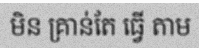
មិន គ្រាន់តែ ធ្វើ តាម